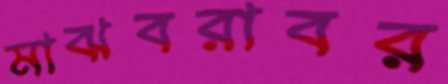
মাঝবরাবর